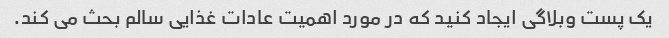
یک پست وبلاگی ایجاد کنید که در مورد اهمیت عادات غذایی سالم بحث می کند.